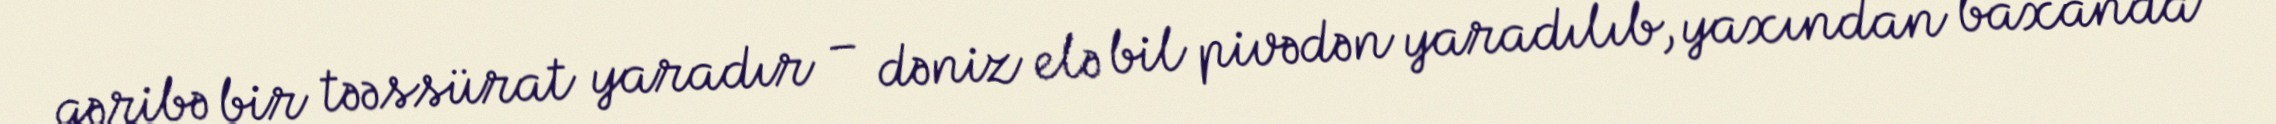
qəribə bir təəssürat yaradır – dəniz elə bil pivədən yaradılıb, yaxından baxanda